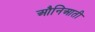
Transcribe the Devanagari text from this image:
औनिआती